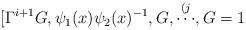
LaTeX: \begin{align*} [\Gamma^{i+1}G, \psi_1(x)\psi_2(x)^{-1}, G, \stackrel{(j}{\cdots}, G=1\end{align*}